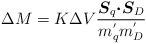
\begin{align*}\Delta M = K \Delta V \frac{\mbox{\boldmath $S$}_{q} \mbox{\boldmath $\cdot S$}_{D}}{m_{q}^{'} m_{D}^{'}}\end{align*}